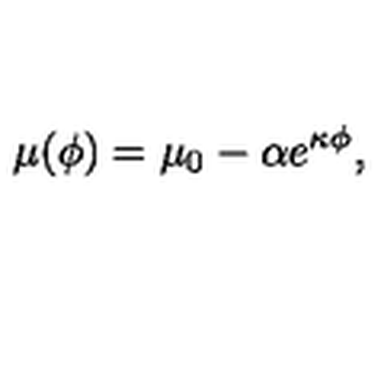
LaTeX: \mu ( \phi ) = \mu _ { 0 } - \alpha e ^ { \kappa \phi } ,